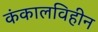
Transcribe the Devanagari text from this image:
कंकालविहीन